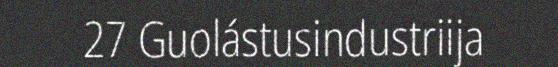
27 Guolástusindustriija